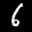
Label: 6